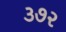
૩૭૨